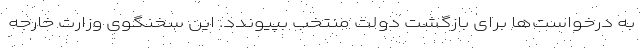
به درخواست‌ها برای بازگشت دولت منتخب بپیوندد. این سخنگوی وزارت خارجه